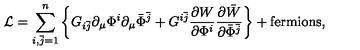
{ \cal L } = \sum _ { i , \bar { j } = 1 } ^ { n } \left\{ G _ { i \bar { j } } \partial _ { \mu } \Phi ^ { i } \partial _ { \mu } \bar { \Phi } ^ { \bar { j } } + G ^ { i \bar { j } } \frac { \partial { W } } { \partial \Phi ^ { i } } \frac { \partial \bar { W } } { \partial \bar { \Phi } ^ { \bar { j } } } \right\} + \mathrm { f e r m i o n s } ,